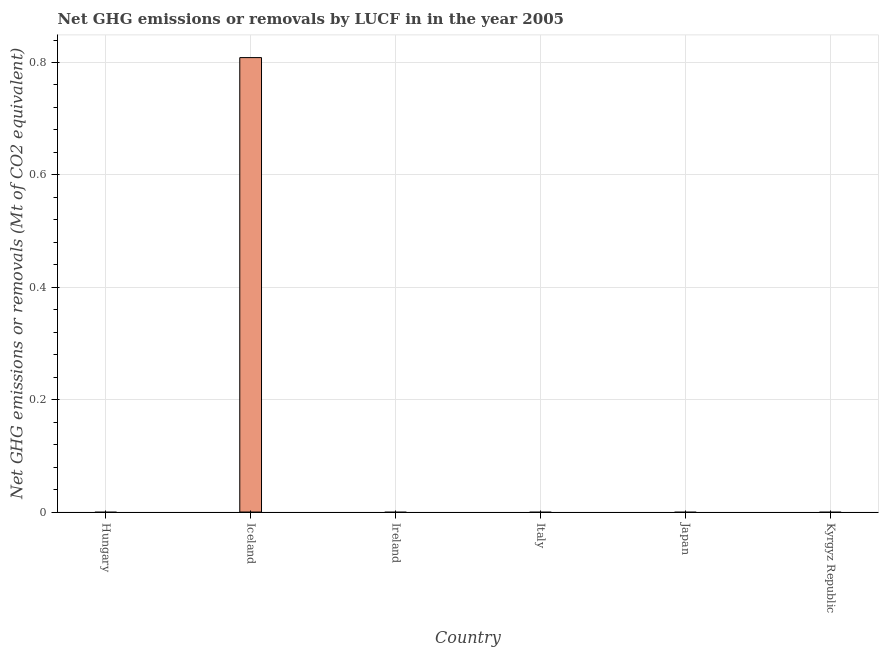
| Country | GHG net emissions or removals |
 | --- | --- |
 | Hungary | -4.22 |
 | Iceland | 0.809 |
 | Ireland | -1.36 |
 | Italy | -90.5 |
 | Japan | -90.3 |
 | Kyrgyz Republic | -0.688 |